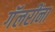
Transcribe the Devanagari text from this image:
गॅलरींना